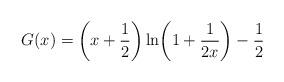
LaTeX: \begin{align*}G(x)=\biggl(x+\frac12\biggr)\ln\biggl(1+\frac1{2x}\biggr)-\frac12\end{align*}